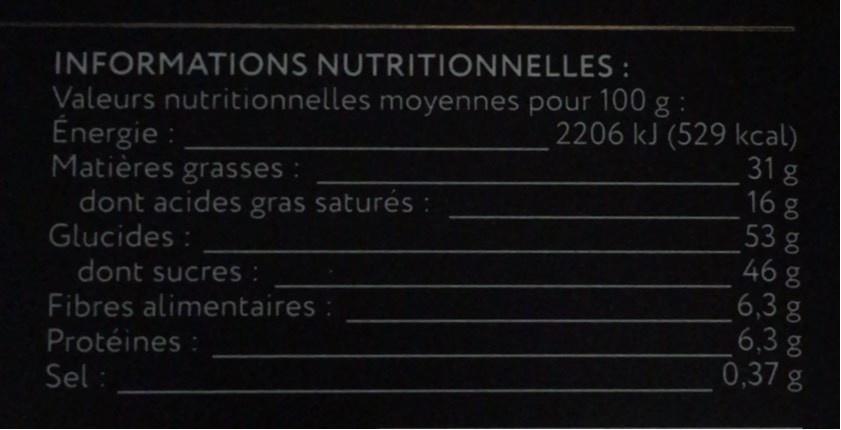
INFORMATIONS NUTRITIONNELLES : Valeurs nutritionnelles moyennes pour 100 g : Énergie : Matières grasses : dont acides gras saturés : Glucides : dont sucres :
2206 kJ (529 kcal)
31 g 168 53 g 46 g
Fibres alimentaires Protéines : Sel :
6,3 g 6,3 g 0,37 g